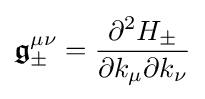
{\boldsymbol {\mathfrak {g}}}_{\pm }^{\mu \nu }={\frac {\partial ^{2}H_{\pm }}{\partial k_{\mu }\partial k_{\nu }}}